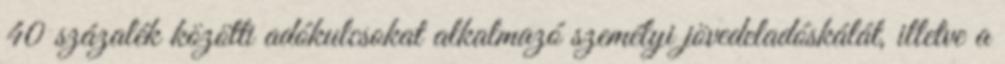
40 százalék közötti adókulcsokat alkalmazó személyi jövedeladóskálát, illetve a